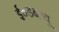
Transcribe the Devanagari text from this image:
ई०डब्ल्यू